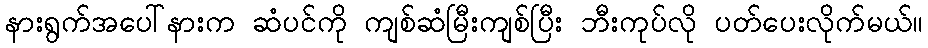
နားရွက်အပေါ်နားက ဆံပင်ကို ကျစ်ဆံမြီးကျစ်ပြီး ဘီးကုပ်လို ပတ်ပေးလိုက်မယ်။